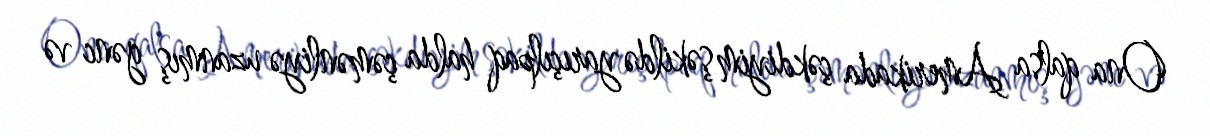
Ona qalsa Amerikada çəkdiyim şəkildə yarıçılpaq halda çəmənliyə uzanmış gənc və